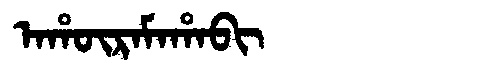
Manchu: ᠠᡥᡡᡵᠠᠮᠠᡥᠠᠪᡳ
Romanization: AHŪRAMAHABI